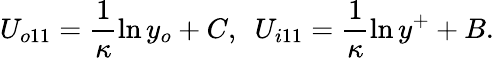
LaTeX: U_{o11}=\frac{1}{\kappa}\ln y_{o}+C,\ \ U_{i11}=\frac{1}{\kappa}\ln y^{+}+B.